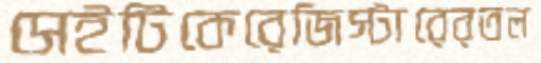
সেইটিকেরেজিস্টারেরতল